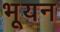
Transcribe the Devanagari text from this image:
भूयन